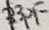
Text: 33pF